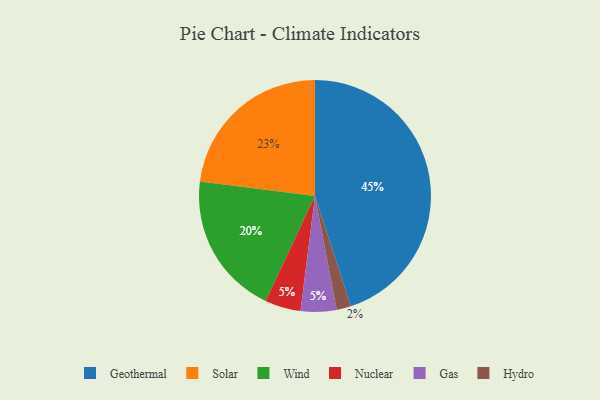
{"axis": {"x": "Category", "y": "Percentage"}, "legend": ["Gas", "Geothermal", "Hydro", "Nuclear", "Solar", "Wind"], "data": [{"x": "Nuclear", "y": 5, "type": "Nuclear"}, {"x": "Wind", "y": 20, "type": "Wind"}, {"x": "Gas", "y": 5, "type": "Gas"}, {"x": "Solar", "y": 23, "type": "Solar"}, {"x": "Hydro", "y": 2, "type": "Hydro"}, {"x": "Geothermal", "y": 45, "type": "Geothermal"}]}